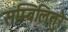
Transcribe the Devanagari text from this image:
सम्बिलितुरै